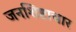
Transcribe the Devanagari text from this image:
जनशिष्टाचार